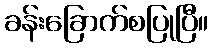
ခန်းခြောက်စပြုပြီ။